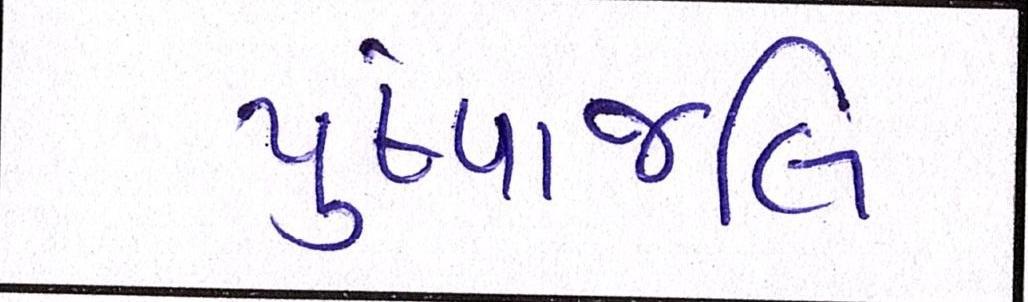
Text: પુંષ્પાજલિ